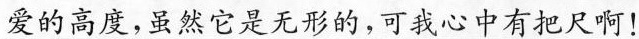
爱的高度，虽然它是无形的，可我心中有把尺啊！